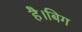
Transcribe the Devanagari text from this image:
है।बिग